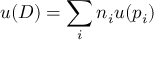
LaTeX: u ( D ) = \sum _ { i } n _ { i } u ( p _ { i } )